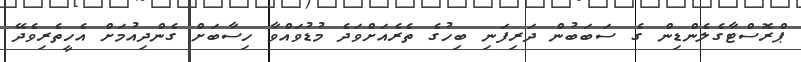
ޕްރޮސްޓާގެލެންޑިން ގެ ސަބަބުން ދަރިފަނި ބިހުގެ ތެރެއަށްވަދެ މުޑުވައްވާ ހިސާބަށް ގެންދިއުމަށް އެހީތެރިވެދޭ